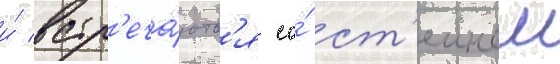
и́ встр'еча́ютс'я со́ ст'еином